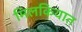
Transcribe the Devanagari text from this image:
मिलकियात